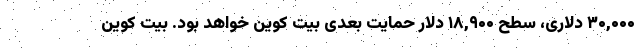
۳۰,۰۰۰ دلاری، سطح ۱۸,۹۰۰ دلار حمایت بعدی بیت کوین خواهد بود. بیت کوین